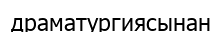
драматургиясынан